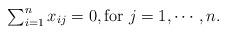
LaTeX: \begin{align*}\textstyle\sum_{i=1}^nx_{ij}=0,{\rm for} \ j=1,\cdots,n.\end{align*}